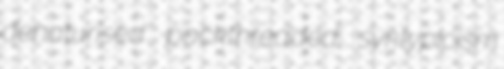
denaturised packthreaded syntypicism